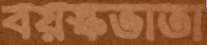
বয়স্কভাতা